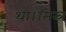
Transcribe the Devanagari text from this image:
था।मिस्र